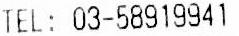
TEL: 03-58919941